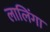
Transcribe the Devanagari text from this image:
लालिंगा